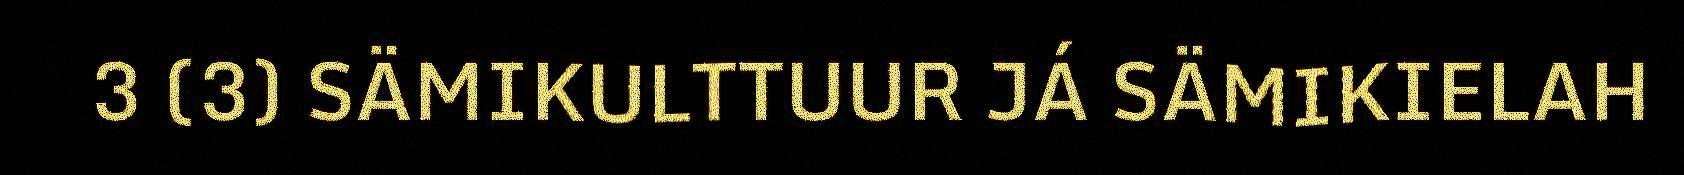
3 (3) SÄMIKULTTUUR JÁ SÄMIKIELAH